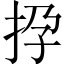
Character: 𢫡